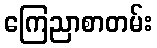
ကြေညာစာတမ်း